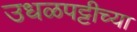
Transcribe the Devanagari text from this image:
उधळपट्टीच्या